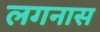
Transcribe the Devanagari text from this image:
लगनास